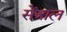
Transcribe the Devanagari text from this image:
सेंत्राल